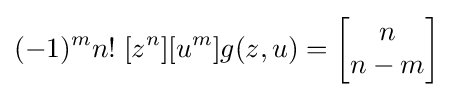
(-1)^{m}n!\;[z^{n}][u^{m}]g(z,u)=\left[{\begin{matrix}n\\n-m\end{matrix}}\right]